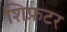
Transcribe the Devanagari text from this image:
शिफ़टर